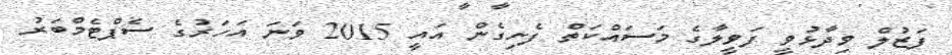
ފަޒުލް ވިދާޅުވީ ފަވީލާގެ މަސައްކަތް ފެށިގެން އައީ 2015 ވަނަ އަހަރުގެ ސެޕްޓެމްބަރު